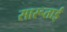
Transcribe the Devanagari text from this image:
सारूताई